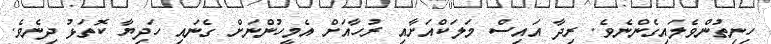
ހިނިތުންވެލައިގެންނެވެ. ރިދާ އައިސް މަލަކްއަށާއި ރުހާއަށް އެމީހުންނަށް ގެނައި ހަދިޔާ ކޮތަޅު ދިނެވެ.